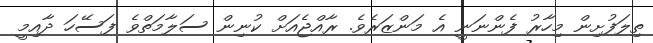
ތިލަފުށިން މިހާރު ފެންނަނީ އެ މަންޒަރެވެ. ރާއްޖެއަށް ކުނިން ސަލާމަތްވެ ފަސޭހަ ދާއިމީ